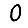
Digit: 0